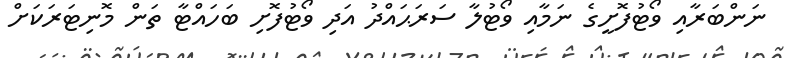
ނަންބަރާއި ވޯޓުފޮށީގެ ނަމާއި ވޯޓުލާ ސަރަޙައްދު އަދި ވޯޓުފޮށި ބަހައްޓާ ތަން މޮނިޓަރަކަށް